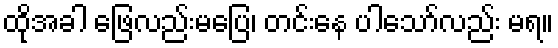
ထိုအခါ ဖြေလည်းမပြေ၊ တင်းနေ ပါသော်လည်း မရ။